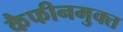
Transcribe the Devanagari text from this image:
कैफीनमुक्त